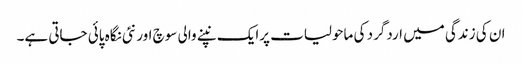
ان کی زندگی میں اردگرد کی ماحولیات پرایک نپنے والی سوچ اور نئی نگاہ پائی جاتی ہے۔